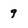
Character: 9